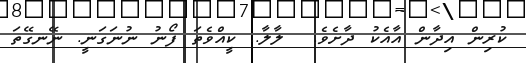
ކުރިން އިދާން އާއެކު ދާށެވެ.  ލާލާ.. ކީއްވެތަ ފޯނު ނުނަގަނީ. ނޭނގޭތަ